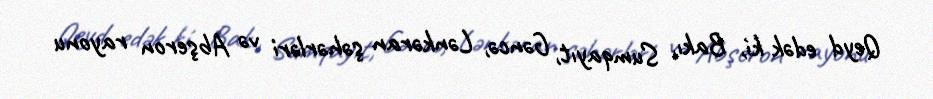
Qeyd edək ki, Bakı, Sumqayıt, Gəncə, Lənkəran şəhərləri və Abşeron rayonu